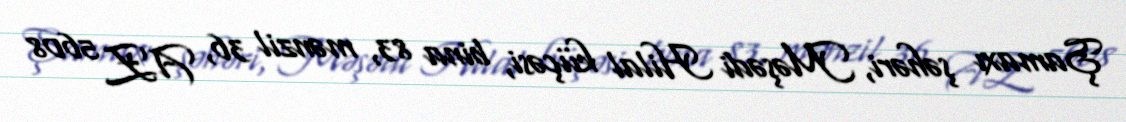
Şamaxı şəhəri, Məşədi Hilal küçəsi, bina 83, mənzil 36, AZ 5608